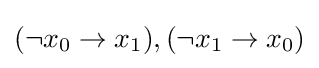
(\neg x_{0}\rightarrow x_{1}),(\neg x_{1}\rightarrow x_{0})